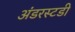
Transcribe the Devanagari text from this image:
अंडरस्टडी